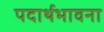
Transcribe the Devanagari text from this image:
पदार्थभावना